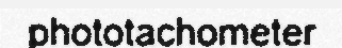
phototachometer